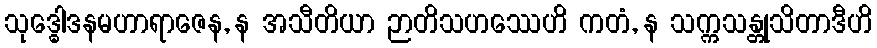
သုဒ္ဓေါဒနမဟာရာဇေန, န အသီတိယာ ဉာတိသဟဿေဟိ ကတံ, န သက္ကသန္တုသိတာဒီဟိ